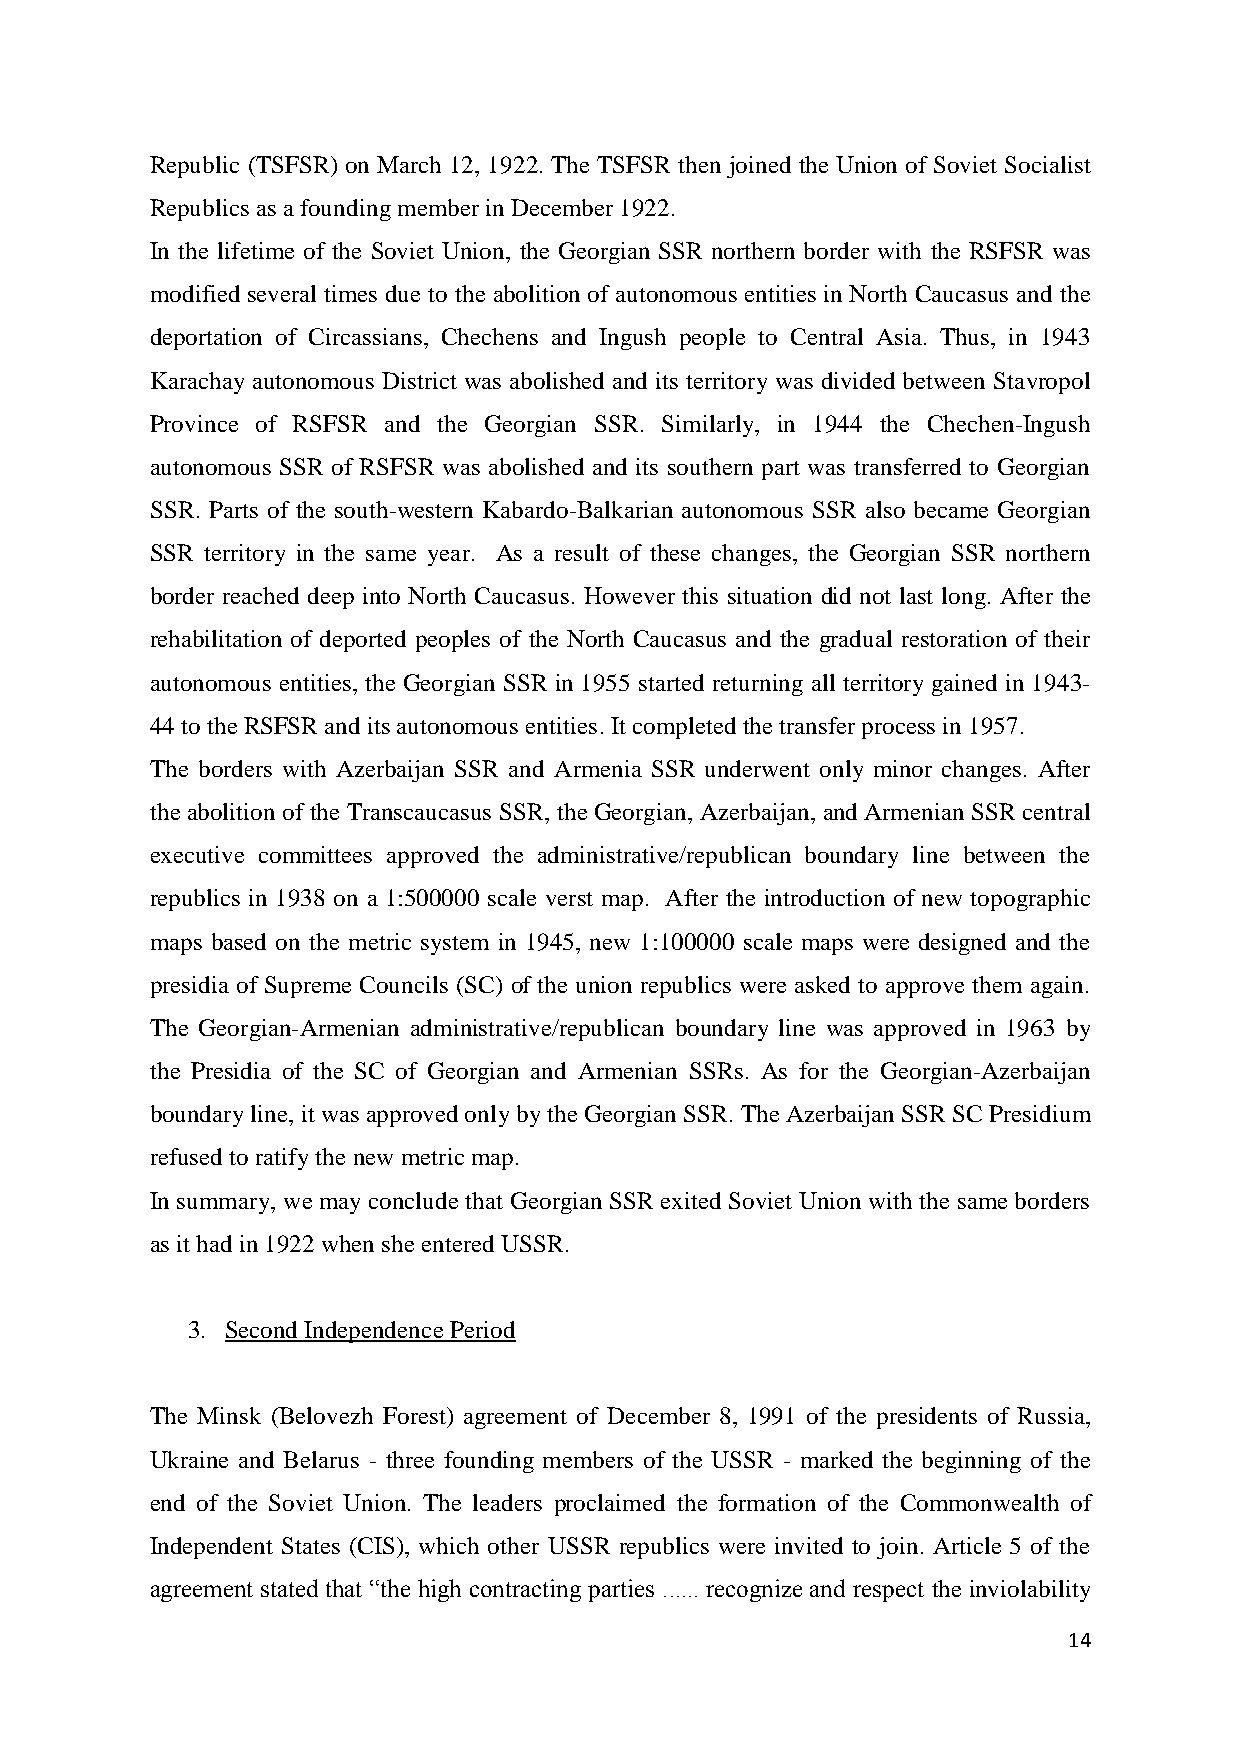
Republic (TSFSR) on March 12, 1922. The TSFSR then joined the Union of Soviet Socialist
 Republics as a founding member in December 1922.
 In the lifetime of the Soviet Union, the Georgian SSR northern border with the RSFSR was
 modified several times due to the abolition of autonomous entities in North Caucasus and the
 deportation of Circassians, Chechens and Ingush people to Central Asia. Thus, in 1943
 Karachay autonomous District was abolished and its territory was divided between Stavropol
 Province of RSFSR and the Georgian SSR. Similarly, in 1944 the Chechen-Ingush
 autonomous SSR of RSFSR was abolished and its southern part was transferred to Georgian
 SSR. Parts of the south-western Kabardo-Balkarian autonomous SSR also became Georgian
 SSR territory in the same year. As a result of these changes, the Georgian SSR northern
 border reached deep into North Caucasus. However this situation did not last long. After the
 rehabilitation of deported peoples of the North Caucasus and the gradual restoration of their
 autonomous entities, the Georgian SSR in 1955 started returning all territory gained in 1943-
 44 to the RSFSR and its autonomous entities. It completed the transfer process in 1957.
 The borders with Azerbaijan SSR and Armenia SSR underwent only minor changes. After
 the abolition of the Transcaucasus SSR, the Georgian, Azerbaijan, and Armenian SSR central
 executive committees approved the administrative/republican boundary line between the
 republics in 1938 on a 1:500000 scale verst map. After the introduction of new topographic
 maps based on the metric system in 1945, new 1:100000 scale maps were designed and the
 presidia of Supreme Councils (SC) of the union republics were asked to approve them again.
 The Georgian-Armenian administrative/republican boundary line was approved in 1963 by
 the Presidia of the SC of Georgian and Armenian SSRs. As for the Georgian-Azerbaijan
 boundary line, it was approved only by the Georgian SSR. The Azerbaijan SSR SC Presidium
 refused to ratify the new metric map.
 In summary, we may conclude that Georgian SSR exited Soviet Union with the same borders
 as it had in 1922 when she entered USSR.
 3. Second Independence Period
 The Minsk (Belovezh Forest) agreement of December 8, 1991 of the presidents of Russia,
 Ukraine and Belarus - three founding members of the USSR - marked the beginning of the
 end of the Soviet Union. The leaders proclaimed the formation of the Commonwealth of
 Independent States (CIS), which other USSR republics were invited to join. Article 5 of the
 agreement stated that “the high contracting parties ...... recognize and respect the inviolability
 14